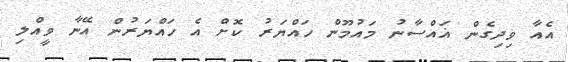
އެއާ ވިދިގެން ޣައްސާނު މައުމޫން ހައްޔަރު ކޮށް އެ ހައްޔަރުން އޭނާ ވީއްލި